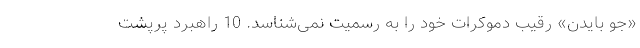
«جو بایدن» رقیب دموکرات خود را به رسمیت نمی‌شناسد. 10 راهبرد پرپشت